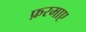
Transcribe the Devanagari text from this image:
फ़रमाए